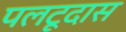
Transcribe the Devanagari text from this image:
पलटूदास